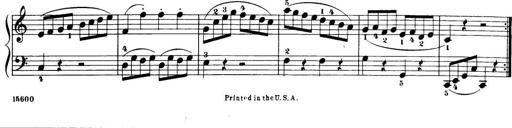
Title: 32 Sonatinas and Rondos for the Piano
Composer: Richard Kleinmichel